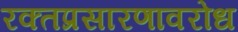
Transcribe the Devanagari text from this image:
रक्तप्रसारणावरोध